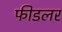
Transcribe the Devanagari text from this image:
फीडलर